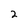
Character: 2